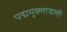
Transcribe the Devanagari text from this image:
पद्ममुक्तावली